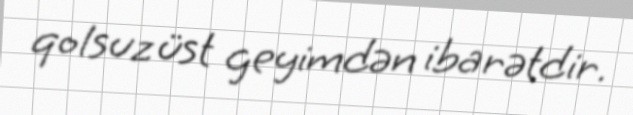
qolsuz üst geyimdən ibarətdir.